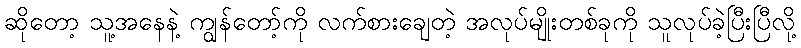
ဆိုတော့ သူ့အနေနဲ့ ကျွန်တော့်ကို လက်စားချေတဲ့ အလုပ်မျိုးတစ်ခုကို သူလုပ်ခဲ့ပြီးပြီလို့